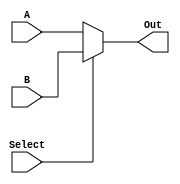
`timescale 1ns / 1ps
//////////////////////////////////////////////////////////////////////////////////
// Company: 
// Engineer: 
// 
// Design Name: 
// Module Name: selector5
// Project Name: 
// Target Devices: 
// Tool Versions: 
// Description: 
// 
// Dependencies: 
// 
// Revision:
// Revision 0.01 - File Created
// Additional Comments:
// 
//////////////////////////////////////////////////////////////////////////////////

//Select, A, B, Out
module selector5(
    input Select,
    input [4:0] A,
    input [4:0] B,
    output [4:0] Out
    );

    assign Out = Select ? B : A;
endmodule